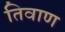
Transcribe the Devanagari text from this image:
तिवाण